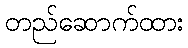
တည်ဆောက်ထား